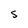
Character: 5